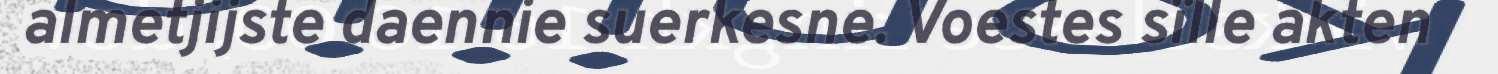
almetjijste daennie suerkesne. Voestes sïlle akten